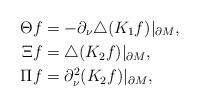
LaTeX: \begin{align*}\Theta f&=-\partial_\nu\triangle(K_1f)|_{\partial M},\\\Xi f&=\triangle(K_2f)|_{\partial M},\\\Pi f&=\partial_\nu^2(K_2f)|_{\partial M},\\\end{align*}